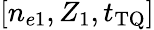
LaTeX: [n_{e1},Z_{1},t_{\mathrm{TQ}}]